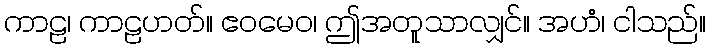
ကာဠ၊ ကာဠဟတ်။ ဧဝမေဝ၊ ဤအတူသာလျှင်။ အဟံ၊ ငါသည်။